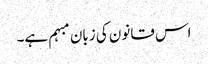
اس قانون کی زبان مبہم ہے۔